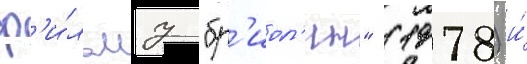
ф'и́льму "бр'иол'ин" (1978) и́